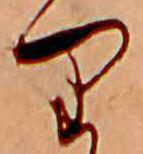
り